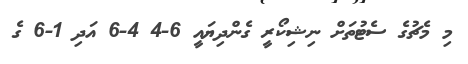
މި މެޗުގެ ސެޓުތަށް ނިޝިކޯރީ ގެންދިޔައީ 6-4 4-6 އަދި 1-6 ގެ